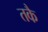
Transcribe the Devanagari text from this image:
तकै